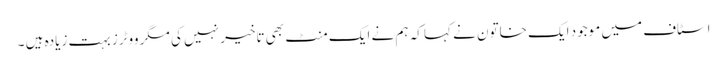
اسٹاف میں موجود ایک خاتون نے کہا کہ ہم نے ایک منٹ بھی تاخیر نہیں کی مگر ووٹرز بہت زیادہ ہیں ۔